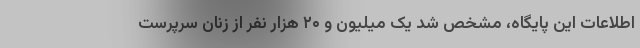
اطلاعات این پایگاه، مشخص شد یک میلیون و ۲۰ هزار نفر از زنان سرپرست